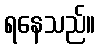
ရနေသည်။